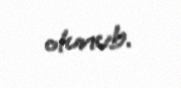
olunub.